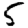
Digit: 5